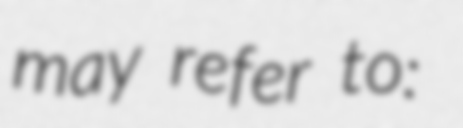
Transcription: may refer to: